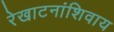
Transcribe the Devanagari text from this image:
रेखाटनांशिवाय